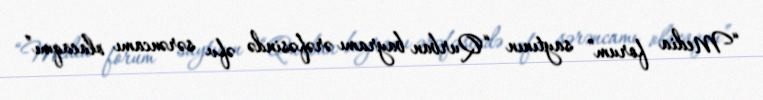
“Media forum” saytının “Qurban bayramı ərəfəsində əfv sərəncamı olacaqmı”